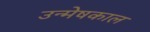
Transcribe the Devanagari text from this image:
उन्मेषकाल